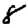
Digit: 8